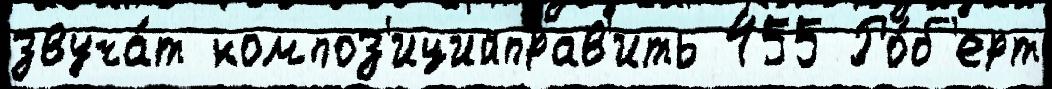
звуча́т композ'ицийправ'ить 455 Ро́б'ерт